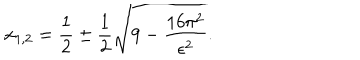
x _ { 1 , 2 } = \frac { 1 } { 2 } \pm \frac { 1 } { 2 } \sqrt { 9 - \frac { 1 6 \pi ^ { 2 } } { \epsilon ^ { 2 } } } .